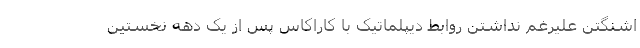
اشنگتن علیرغم نداشتن روابط دیپلماتیک با کاراکاس پس از یک دهه نخستین